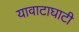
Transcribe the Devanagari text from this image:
यावाटाघाटी